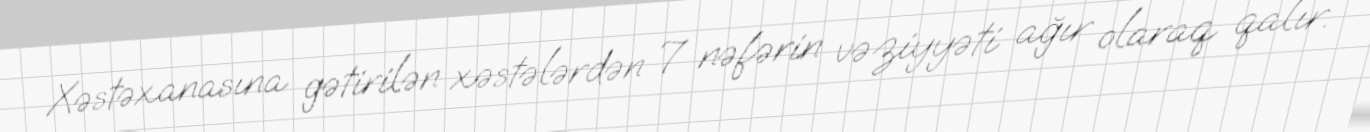
Xəstəxanasına gətirilən xəstələrdən 7 nəfərin vəziyyəti ağır olaraq qalır.